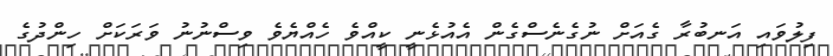
ފިލުވައި އަނބުރާ ގެއަށް ނުގެނެސްގެން އެއުޅެނީ ކީއްވެ ހެއްޔެވެ ވިސްނުނު ވަރަކަށް ހިންދުގެ